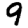
Digit: 9